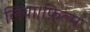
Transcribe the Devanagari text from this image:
लिया।फ़िल्म